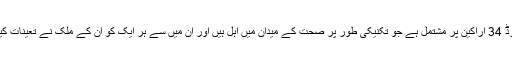
یہ بورڈ 34 اراکین پر مشتمل ہے جو تکنیکی طور پر صحت کے میدان میں اہل ہیں اور ان میں سے ہر ایک کو ان کے ملک نے تعینات کیا ہے۔